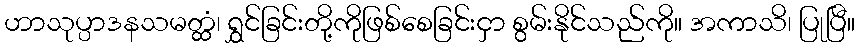
ဟာသုပ္ပာဒနသမတ္ထံ၊ ရွှင်ခြင်းတို့ကိုဖြစ်စေခြင်းငှာ စွမ်းနိုင်သည်ကို။ အကာသိ၊ ပြုပြီ။